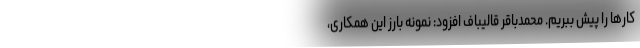
کارها را پیش ببریم. محمدباقر قالیباف افزود: نمونه بارز این همکاری،